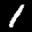
Label: 1